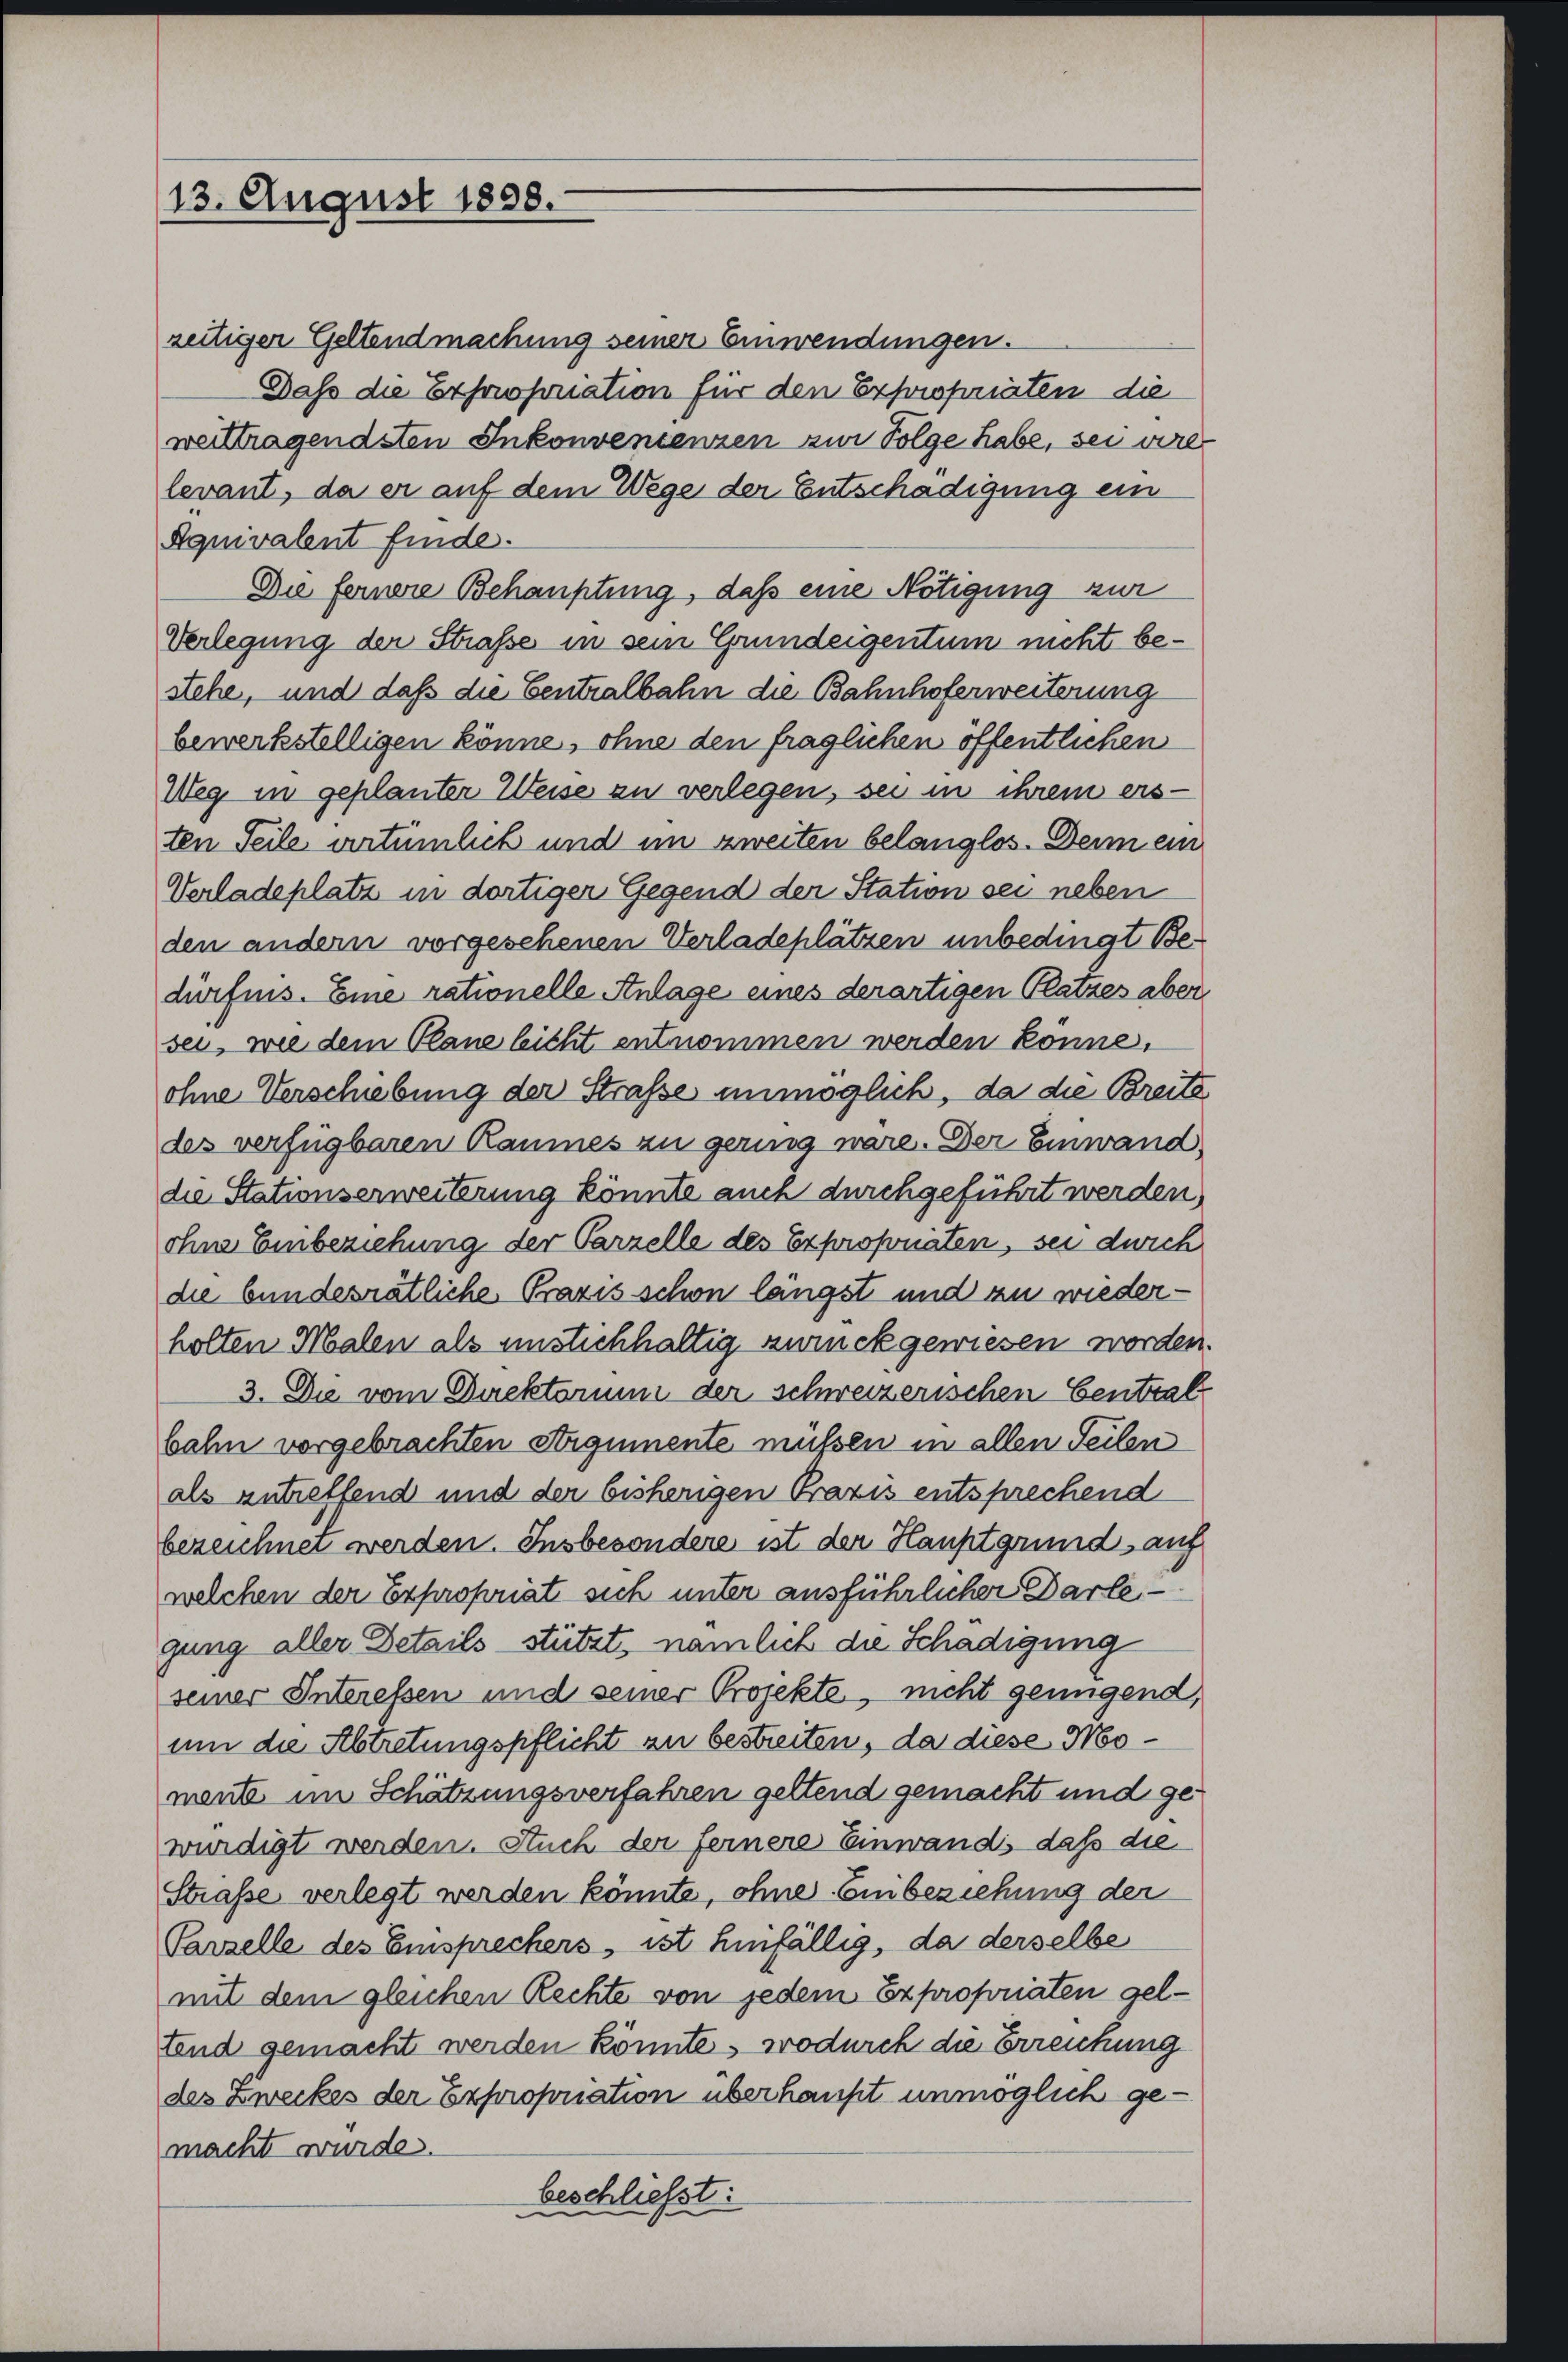
13. August 1858.

zeitiger Geltendmachung seiner Einwendungen.
Dass die Expropriation für den Expropriaten die
weittragendsten Inkonvenienzen zur Folge habe, sei vire
levant, da er auf dem Wege der Entschädigung ein
Aquivalent finde.
Die fernere Behauptung, daß eine Nötigung zur
Verlegung der Straße in sein Grundeigentum nicht bestehe, und daß die Centralbahn die Bahnhoferweiterung
bewerkstelligen könne, ohne den fraglichen öffentlichen
Weg in geplanter Weise zu verlegen, sei in ihrem ersten Teile artümlich und im zweiten belanglos. Denn ein
Verladeplatz in dortiger Gegend der Station sei neben
den andern vorgesehenen Verladeplätzen unbedingt Bedürfnis. Eine rationelle Anlage eines derartigen Platzes aber
sei, wie dem Plane leicht entnommen werden könne,
ohne Verschiebung der Straße unmöglich, da die Breite
des verfügbaren Raumes zu gering wäre. Der Einwand.
die Stationserweiterung könnte auch durchgeführt werden,
ohne Einbeziehung der Parzelle des Expropriaten, sei durch
die bundesrätliche Praxis schon längst und an wiederholten Malen als ustichhaltig zurückgewiesen worden
3. Die vom Direktorium der schweizerischen Central
bahn vorgebrachten Strgumente müssen in allen Seilen
als zutreffend und der bisherigen Praxis entsprechend
berzeichnet werden. Insbesondere ist der Hauptgrund, auf
welchen der Expropriat sich unter ausführlicher Darlegung aller Details stützt, nämlich die Schädigung
seiner Interessen und seiner Projekte, nicht genügend,
um die Abtretungspflicht zu bestreiten, da diese Momente im Schätzungsverfahren geltend gemacht und gewürdigt werden. Stuch der fernere Einwands daß die
Straße verlegt werden könnte, ohne Enibeziehung der
Parzelle des Einsprechers, ist hinfällig, da derselbe
mit dem gleichen Rechte von jedem Expropriaten geltend gemacht werden könnte, wodurch die Erreichung
des Zweckes der Expropriation überhaupt unmöglich gemacht wurde.
beschließt: